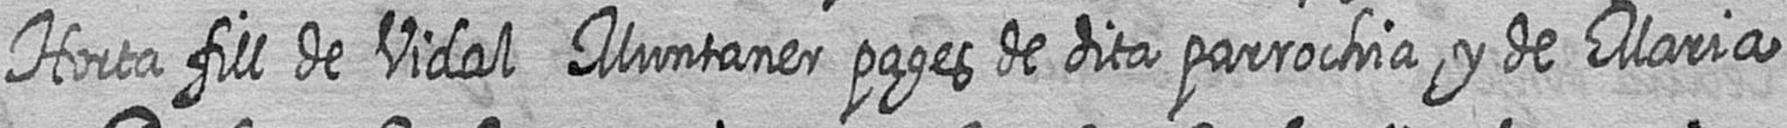
Horta fill de Vidal Muntaner pages de dita parrochia y de Maria